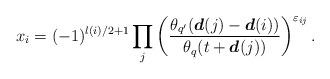
LaTeX: \begin{align*}x_i=(-1)^{l(i)/2+1}\prod_j \left(\frac{\theta_{q'}(\boldsymbol{d}(j)-\boldsymbol{d}(i))}{\theta_q(t+\boldsymbol{d}(j))}\right)^{\varepsilon_{ij}}.\end{align*}